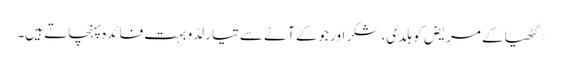
*گٹھیا کے مریض کو ہلدی، شکر اور جوکے آٹے سے تیار لڈو بہت فائدہ پہنچاتے ہیں۔